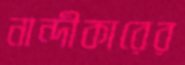
নান্দীকারের